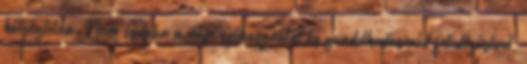
kétségtelen. Nem csupán a népi szóhasználat és gondolkodásmód felidézésével,